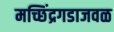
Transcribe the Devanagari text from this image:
मच्छिंद्रगडाजवळ